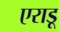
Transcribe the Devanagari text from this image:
एराडू